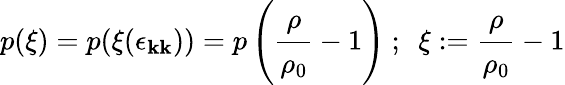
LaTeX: p(\xi)=p(\xi(\epsilon_{\mathbf{k}\mathbf{k}}))=p\left({\cfrac{\rho}{\rho_{0}}}-1\right)~;~~\xi:={\cfrac{\rho}{\rho_{0}}}-1